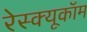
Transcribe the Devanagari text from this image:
रेस्क्यूकॉम